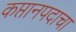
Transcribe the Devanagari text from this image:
कप्तानपदाचा